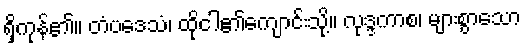
ရှိကုန်၏။ တံပဒေသံ၊ ထိုငါ၏ကျောင်းသို့။ လုဒ္ဒကာစ၊ များစွာသော